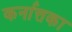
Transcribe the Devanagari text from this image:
कर्नात्तका